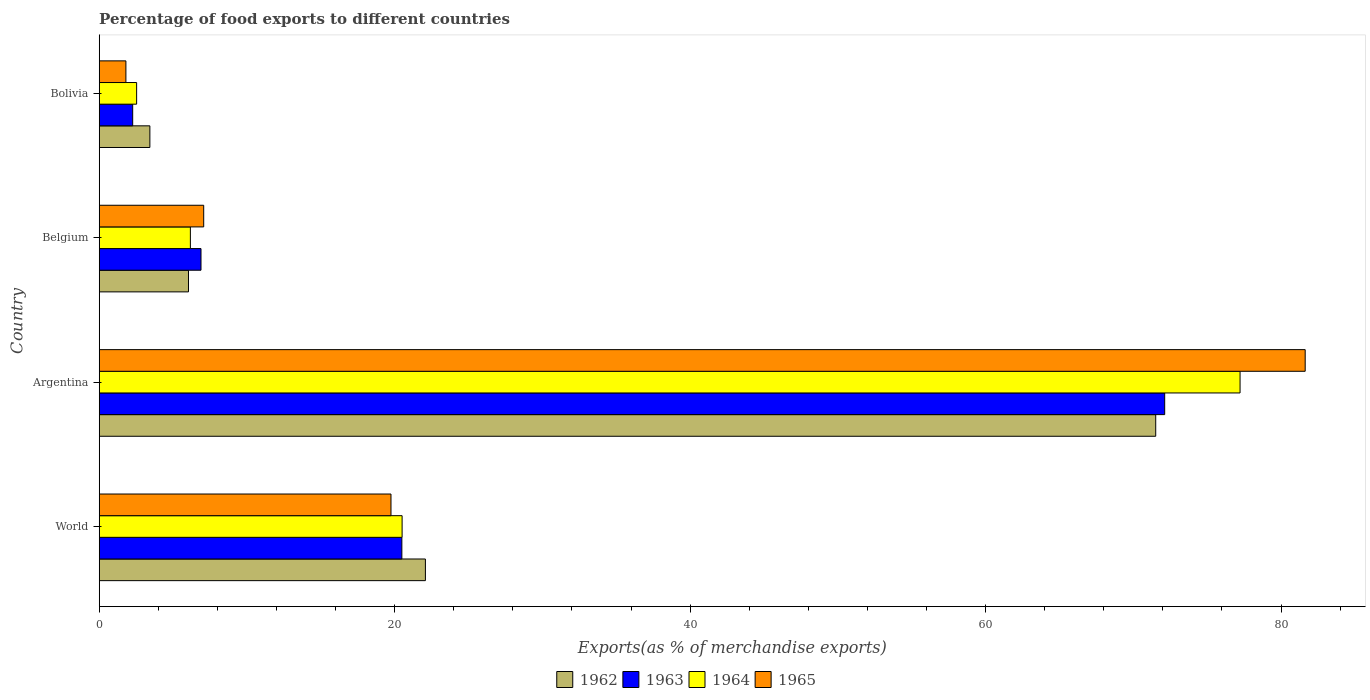
| Country | 1962 | 1963 | 1964 | 1965 |
 | --- | --- | --- | --- | --- |
 | World | 22.1 | 20.5 | 20.5 | 19.8 |
 | Argentina | 71.5 | 72.1 | 77.2 | 81.6 |
 | Belgium | 6.04 | 6.89 | 6.17 | 7.07 |
 | Bolivia | 3.43 | 2.27 | 2.53 | 1.81 |